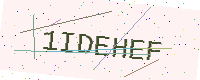
Text: 1IDEHEF